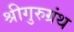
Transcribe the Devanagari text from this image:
श्रीगुरुग्रंथ